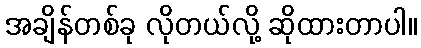
အချိန်တစ်ခု လိုတယ်လို့ ဆိုထားတာပါ။